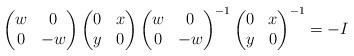
LaTeX: \begin{align*}\begin{pmatrix} w & 0 \\ 0 & -w \end{pmatrix} \begin{pmatrix} 0 & x \\ y & 0 \end{pmatrix} \begin{pmatrix} w & 0 \\ 0 & -w \end{pmatrix}^{-1} \begin{pmatrix} 0 & x \\ y & 0 \end{pmatrix}^{-1} = -I\end{align*}